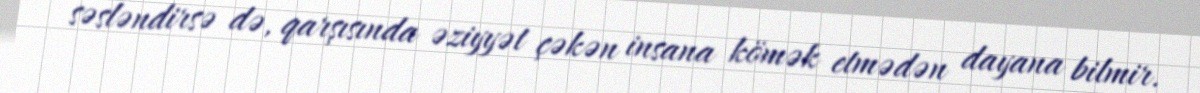
səsləndirsə də, qarşısında əziyyət çəkən insana kömək etmədən dayana bilmir.